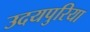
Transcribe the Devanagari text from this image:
उदयपुरिया